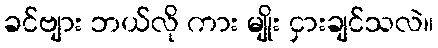
ခင်ဗျား ဘယ်လို ကား မျိုး ငှားချင်သလဲ။